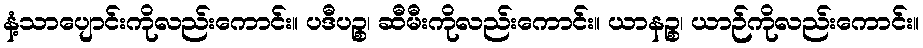
နံ့သာပျောင်းကိုလည်းကောင်း။ ပဒီပဉ္စ၊ ဆီမီးကိုလည်းကောင်း။ ယာနဉ္စ၊ ယာဉ်ကိုလည်းကောင်း။